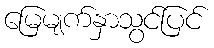
မြေမျက်နှာသွင်ပြင်